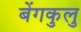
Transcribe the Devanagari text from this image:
बेंगकुलु